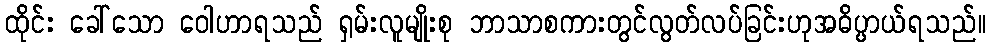
ထိုင်း ခေါ်သော ဝေါဟာရသည် ရှမ်းလူမျိုးစု ဘာသာစကားတွင်လွတ်လပ်ခြင်းဟုအဓိပ္ပာယ်ရသည်။